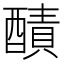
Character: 𨢦